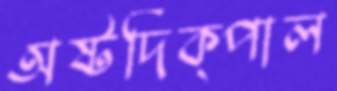
অষ্টদিক্পাল